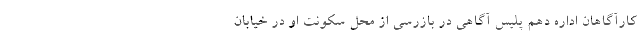
کارآگاهان اداره دهم پلیس آگاهی در بازرسی از محل سکونت او در خیابان